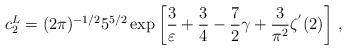
LaTeX: \begin{align*}c_2^L=(2\pi)^{-1/2} 5^{5/2} \exp \left[ \frac{3}{\varepsilon}+\frac{3}{4}-\frac{7}{2} \gamma+\frac{3}{\pi^2} \zeta^{'}(2) \right] \, ,\end{align*}